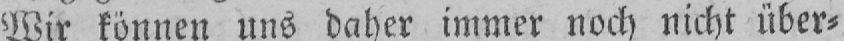
Wir können uns daher immer noch nicht über⸗